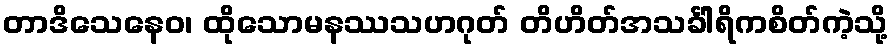
တာဒိသေနေဝ၊ ထိုသောမနဿသဟဂုတ် တိဟိတ်အသင်္ခါရိကစိတ်ကဲ့သို့